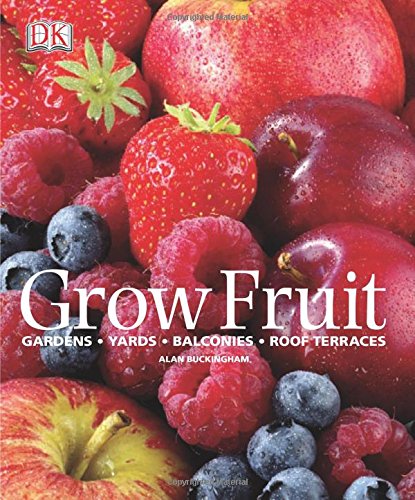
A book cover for Grow Fruit; Alan Buckingham; Crafts, Hobbies & Home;